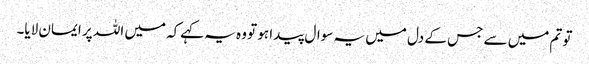
تو تم میں سے جس کے دل میں یہ سوال پیدا ہو تو وہ یہ کہےکہ میں اللہ پر ایمان لایا۔